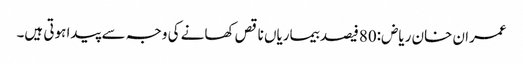
عمران خان ریاض:80فیصد بیماریاں ناقص کھانے کی وجہ سے پیدا ہوتی ہیں۔